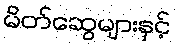
မိတ်ဆွေများနှင့်